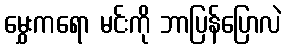
မွှေးကရော မင်းကို ဘာပြန်ပြောလဲ